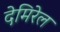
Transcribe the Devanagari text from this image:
देमिरेल